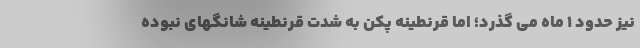
نیز حدود 1 ماه می گذرد؛ اما قرنطینه پکن به شدت قرنطینه شانگهای نبوده